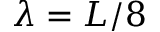
\lambda = L / 8